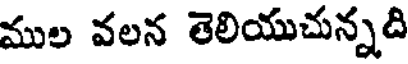
ముల వలన తెలియుచున్నది